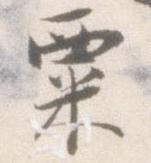
粟